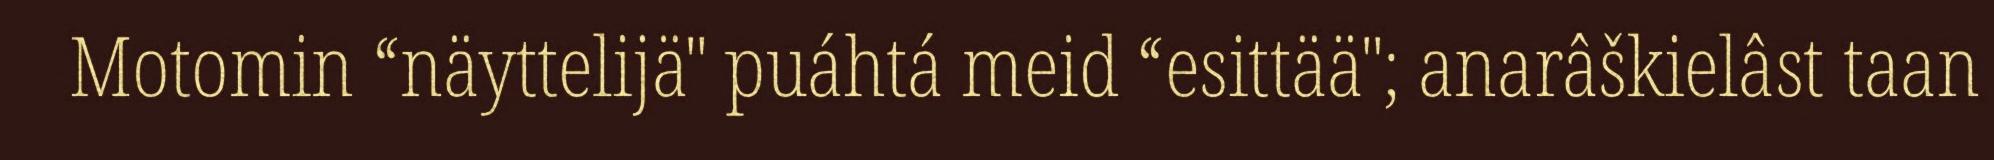
Motomin “näyttelijä" puáhtá meid “esittää"; anarâškielâst taan